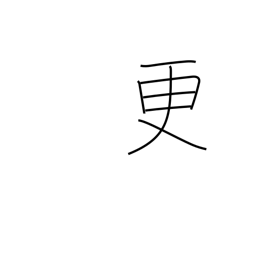
Meaning: renovate